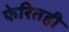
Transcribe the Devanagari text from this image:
फेरितही